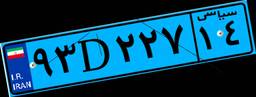
۹۳D۲۲۷۱۴